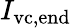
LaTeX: I_{\mathrm{vc,end}}